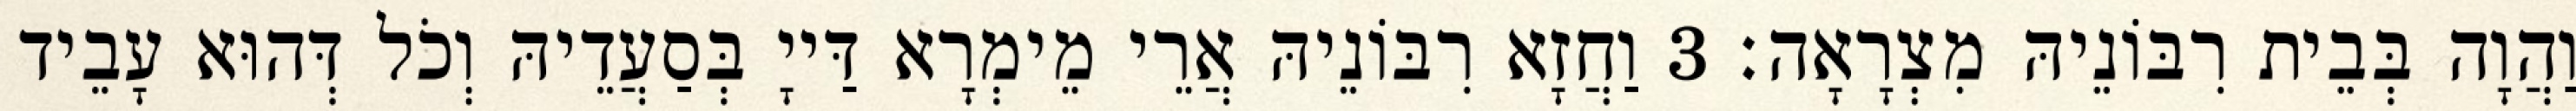
וַהֲוָה בְּבֵית רִבּוֹנֵיהּ מִצְרָאָה׃ 3 וַחֲזָא רִבּוֹנֵיהּ אֲרֵי מֵימְרָא דַּייָ בְּסַעֲדֵיהּ וְכֹל דְּהוּא עָבֵיד